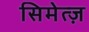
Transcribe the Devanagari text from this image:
सिमेत्ज़